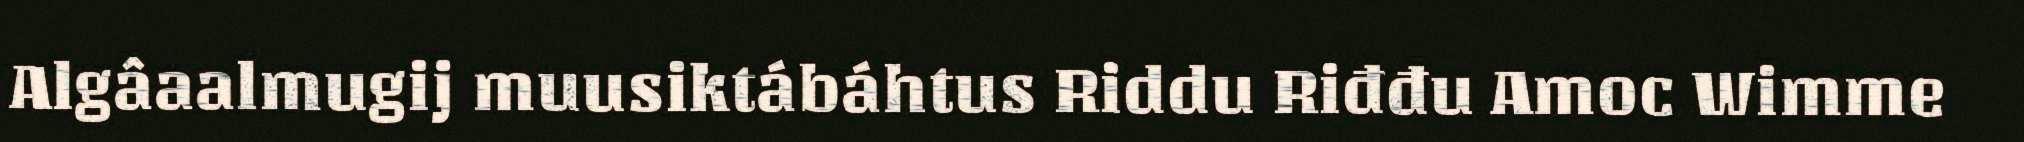
Algâaalmugij muusiktábáhtus Riddu Riđđu Amoc Wimme